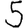
Digit: 5